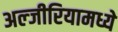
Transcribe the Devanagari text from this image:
अल्जीरियामध्ये